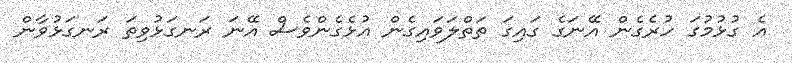
އެ ގުޅުމުގަ ހުރެގެން އޭނަގެ ގައިގަ ތަތްލަވައިގެން އުޅެގެންވެސް އޭނަ ރަނގަޅުވިތަ ރަނގަޅުވާން